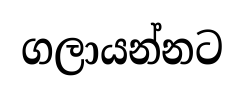
ගලායන්නට